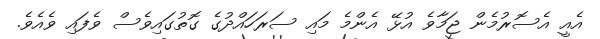
އެއީ އެސޮރުމެން ޖަމާވެ އުޅޭ އެންމެ މައި ސަރަހައްދުގެ ގޮތުގައިވެސް ވެފައި ވެއެވެ.